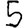
Digit: 5